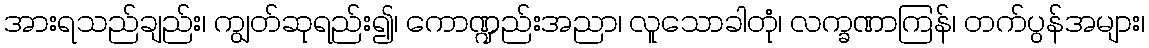
အားရသည်ချည်း၊ ကျွတ်ဆုရည်း၍၊ ကောဏ္ဍည်းအညာ၊ လူသောခါတုံ၊ လက္ခဏာကြန်၊ တက်ပွန်အများ၊